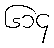
၆၁၄